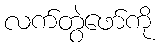
လက်တွဲဖော်ကို